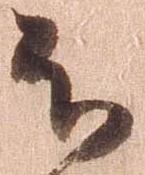
不